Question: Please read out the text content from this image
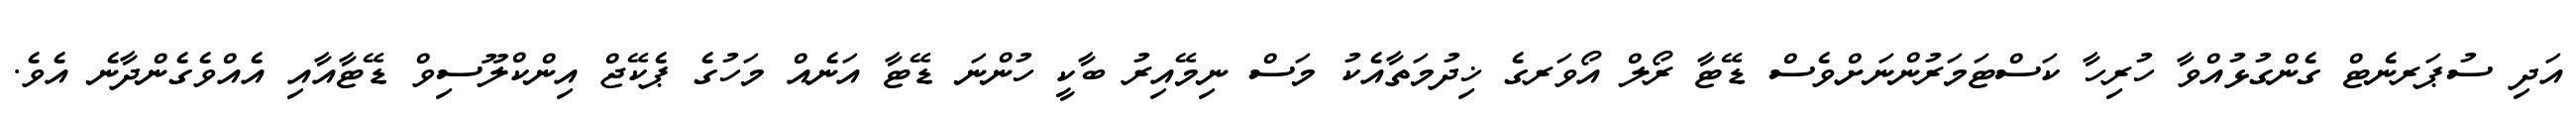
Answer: އަދި ސުޕަރނެޓް ގެންގުޅުއްވާ ހުރިހާ ކަސްޓަމަރުންނަށްވެސް ޑޭޓާ ރޯލް އޯވަރގެ ޚިދުމަތާއެކު މަސް ނިމޭއިރު ބާކީ ހުންނަ ޑޭޓާ އަނެއް މަހުގެ ޕެކޭޖް އިންކްލޫސިވް ޑޭޓާއާއި އެއްވެގެންދާނެ އެވެ.